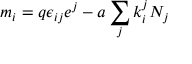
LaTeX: m _ { i } = q \epsilon _ { i j } e ^ { j } - a \sum _ { j } k _ { i } ^ { j } N _ { j }